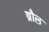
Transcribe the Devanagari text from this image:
ब्रौल